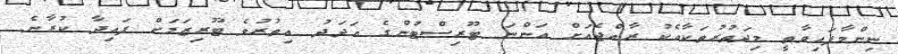
ނިންމާފައިވާތީ މިދަތުރުތަކާއެކު ރާއްޖެއަށް އަންނަ ޓޫރިސްޓުންގެ އަދަދު އިތުރުވެ ޓޫރިޒަމަށް ފައިދާ ކުރާނެ